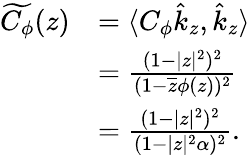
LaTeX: \begin{array}{rl}{\widetilde{C_{\phi}}(z)}&{=\langle C_{\phi}\hat{k}_{z},\hat{k}_{z}\rangle}\\ &{=\frac{(1-|z|^{2})^{2}}{(1-\overline{{z}}\phi(z))^{2}}}\\ &{=\frac{(1-|z|^{2})^{2}}{(1-|z|^{2}\alpha)^{2}}.}\end{array}